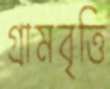
গ্রামবৃত্তি